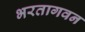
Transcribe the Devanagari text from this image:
भरतागवन